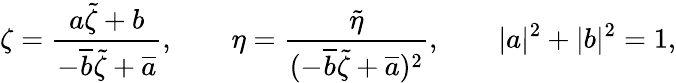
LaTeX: \zeta=\frac{a\tilde{\zeta}+b}{-\overline{{{b}}}\tilde{\zeta}+\overline{{{a}}}},\qquad\eta=\frac{\tilde{\eta}}{(-\overline{{{b}}}\tilde{\zeta}+\overline{{{a}}})^{2}},\qquad|a|^{2}+|b|^{2}=1,